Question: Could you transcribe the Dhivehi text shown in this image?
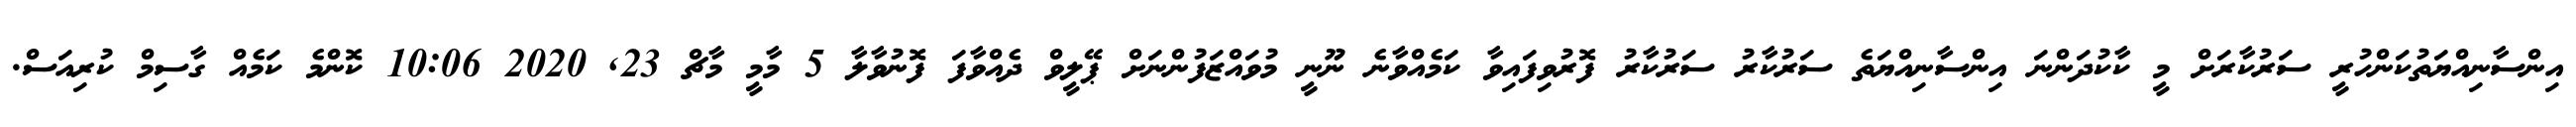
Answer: އިންސާނިއްޔަތުކަންހުރީ ސަރުކާރަށް މީ ކާކުދަންނަ އިންސާނިއްޔަތެ ސަރުކާރު ސަރުކާރު ފޮރުވިފައިވާ ކަމެއްވާނެ ނޫނީ މުވައްޒަފުންނަށް ޕޭލީވް ދެއްވާފަ ފޮނުވާލާ 5 މާމީ މާޗް 23, 2020 10:06 ކޮންމެ ކަމެއް ގާސިމް ކުރިއަސް.